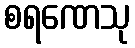
စရဏေသု